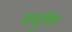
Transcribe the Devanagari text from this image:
फ्यूयिड